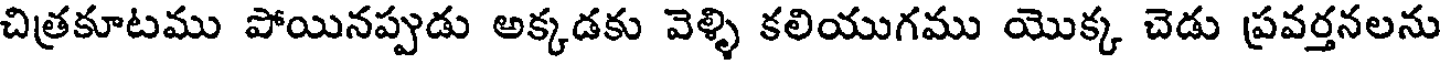
చిత్రకూటము పోయినప్పుడు అక్కడకు వెళ్ళి కలియుగము యొక్క చెడు ప్రవర్తనలను